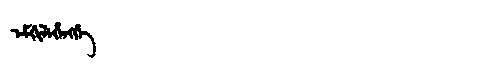
Manchu: ᡝᠮᡤᡳᠯᡝᡥᡝᠩᡤᡝ
Romanization: EMGILEHENGGE